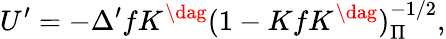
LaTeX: U^{\prime}=-\Delta^{\prime}fK^{\dag}(1-KfK^{\dag})_{\Pi}^{-1/2},